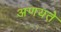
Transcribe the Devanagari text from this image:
अणयते